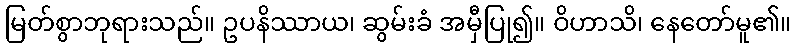
မြတ်စွာဘုရားသည်။ ဥပနိဿာယ၊ ဆွမ်းခံ အမှီပြု၍။ ဝိဟာသိ၊ နေတော်မူ၏။